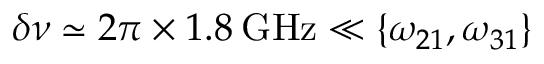
\delta \nu \simeq 2 \pi \times 1 . 8 \: \mathrm { G H z } \ll \left\{ \omega _ { 2 1 } , \omega _ { 3 1 } \right\}